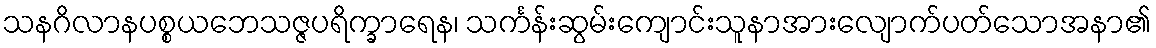
သနဂိလာနပစ္စယဘေသဇ္ဇပရိက္ခာရေန၊ သင်္ကန်းဆွမ်းကျောင်းသူနာအားလျောက်ပတ်သောအနာ၏